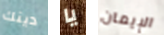
دينك يا الإيمان